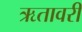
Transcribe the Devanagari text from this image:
ऋतावरी